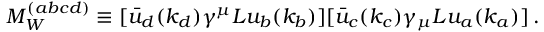
{ \cal M } _ { W } ^ { ( a b c d ) } \equiv [ \bar { u } _ { d } ( k _ { d } ) \gamma ^ { \mu } L u _ { b } ( k _ { b } ) ] [ \bar { u } _ { c } ( k _ { c } ) \gamma _ { \mu } L u _ { a } ( k _ { a } ) ] \, .